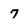
Character: 7